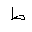
Letter: _da